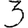
Digit: 3